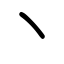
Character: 丶